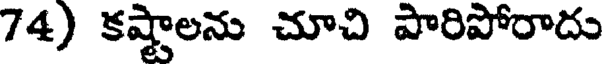
74) కష్టాలను చూచి పారిపోరాదు